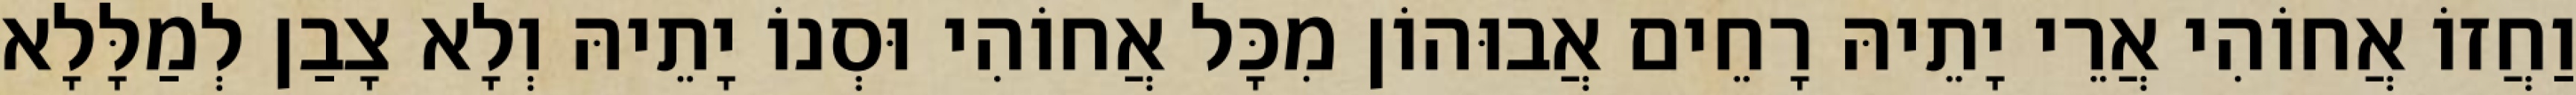
וַחֲזוֹ אֲחוֹהִי אֲרֵי יָתֵיהּ רָחֵים אֲבוּהוֹן מִכָּל אֲחוֹהִי וּסְנוֹ יָתֵיהּ וְלָא צָבַן לְמַלָּלָא